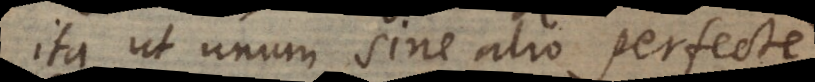
ita ut unum sine alio perfecte